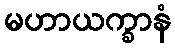
မဟာယက္ခာနံ